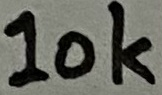
Text: 10K